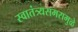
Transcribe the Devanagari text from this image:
स्वातंत्र्यसमरामुळे